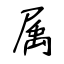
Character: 属